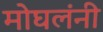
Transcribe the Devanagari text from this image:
मोघलंनी